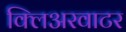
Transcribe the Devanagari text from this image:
क्लिअरवाटर